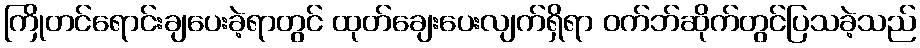
ကြိုတင်ရောင်းချပေးခဲ့ရာတွင် ထုတ်ချေးပေးလျက်ရှိရာ ဝက်ဘ်ဆိုက်တွင်ပြသခဲ့သည်